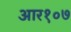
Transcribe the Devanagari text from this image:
आर१०७